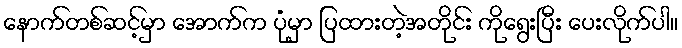
နောက်တစ်ဆင့်မှာ အောက်က ပုံမှာ ပြထားတဲ့အတိုင်း ကိုရွေးပြီး ပေးလိုက်ပါ။